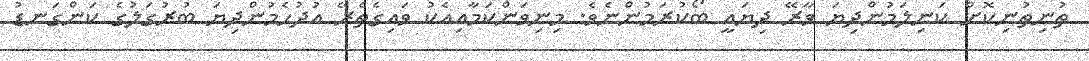
ތުނިތުނިކޮށް ކަނިލަމުންދިޔަ ވާރޭ ދިޔައީ ބޯކުރަމުންނެވެ. މިނިވަންކަމާއިއެކު ވައިގެތެރޭ އުދުހެމުންދިޔަ ބުރުގަލުގެ ކަންގަނޑު